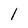
Character: l